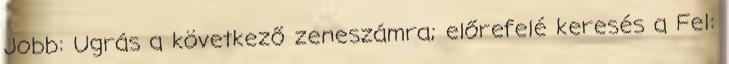
Jobb: Ugrás a következő zeneszámra; előrefelé keresés a Fel: